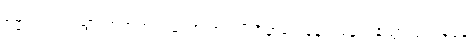
ဓမ္မဂုတ်။ ။ သွားတဲ့အတွက်တော့ အကျိုးရှိမှာပေါ့နော်၊ ရန်ကုန်သွားပုံ ပြန်ပုံနဲ့